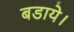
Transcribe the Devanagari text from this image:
बडाये।